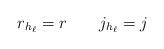
LaTeX: \begin{align*}r_{h_{\ell}} = r \qquad j_{h_{\ell}} = j\end{align*}